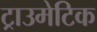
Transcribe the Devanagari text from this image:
ट्राउमेटिक